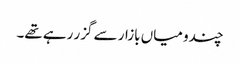
چندو میاں بازار سے گزر رہے تھے۔